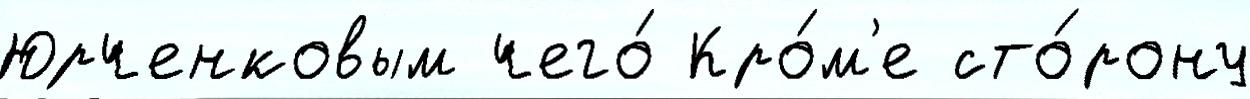
Юрченковым чего́ Кро́м'е сто́рону